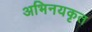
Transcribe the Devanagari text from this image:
अभिनयकृत